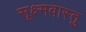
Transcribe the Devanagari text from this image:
सूक्ष्मवास्तु